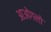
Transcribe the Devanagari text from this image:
आओगलो